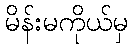
မိန်းမကိုယ်မှ